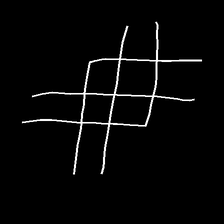
Glyph: crystal